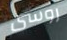
روسى